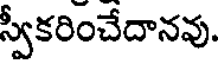
స్వీకరించేదానవు.